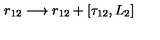
r _ { 1 2 } \longrightarrow r _ { 1 2 } + [ \tau _ { 1 2 } , L _ { 2 } ]